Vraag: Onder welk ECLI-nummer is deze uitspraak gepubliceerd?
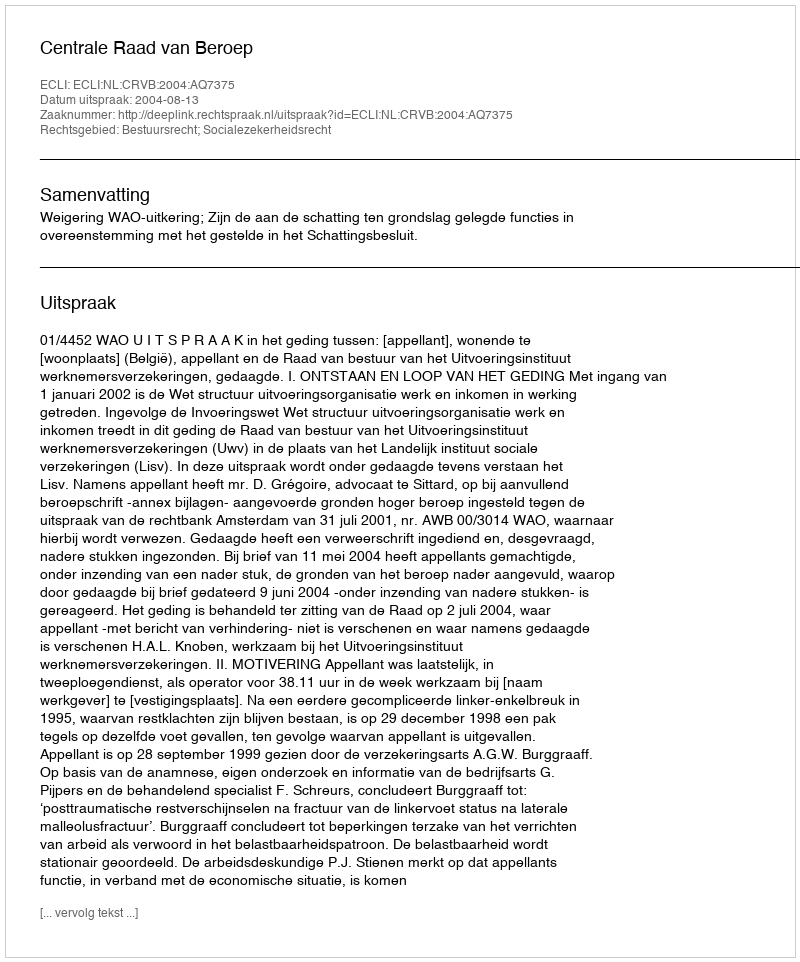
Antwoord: ECLI:NL:CRVB:2004:AQ7375